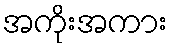
အကိုးအကား